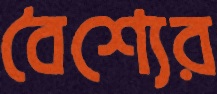
বৈশ্যের